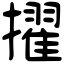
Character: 擢